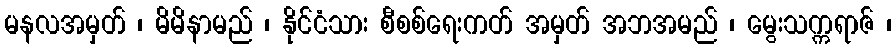
မနလအမှတ် ၊ မိမိနာမည် ၊ နိုင်ငံသား စီစစ်ရေးကတ် အမှတ် အဘအမည် ၊ မွေးသက္ကရာဇ် ၊